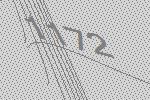
1172